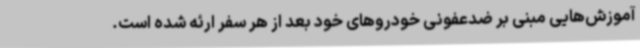
آموزش‌هایی مبنی بر ضدعفونی خودروهای خود بعد از هر سفر ارئه شده است.